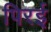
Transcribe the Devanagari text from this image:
पिरई